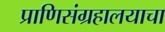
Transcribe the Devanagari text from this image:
प्राणिसंग्रहालयाचा